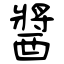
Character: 醬